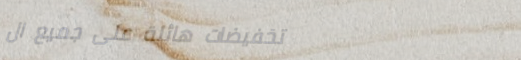
تخفيضات هائلة على جميع ال